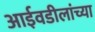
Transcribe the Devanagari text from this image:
आईवडीलांच्या